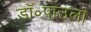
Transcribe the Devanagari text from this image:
डॉ॰पाउला